Medical and sanitary report of the native army of Bengal for the year
Year: 1876
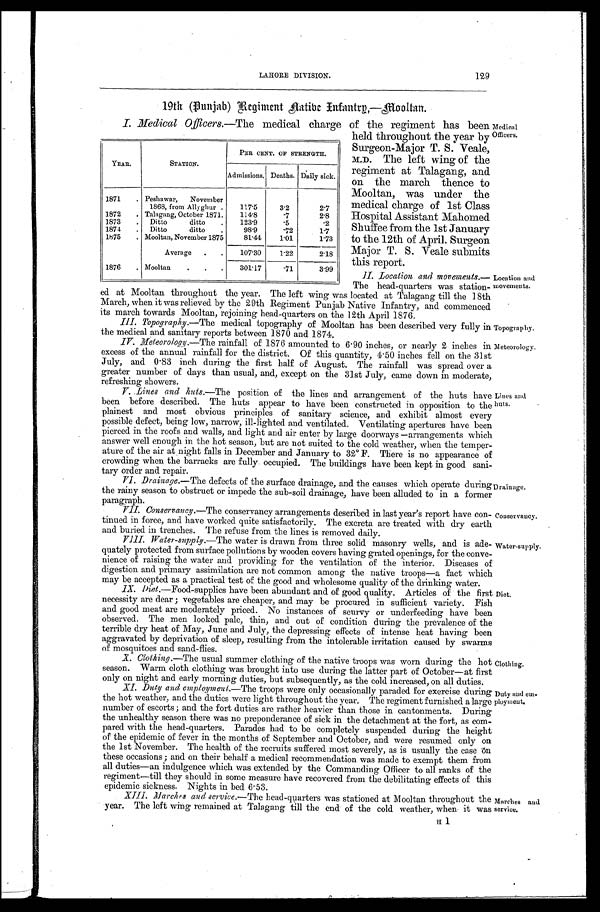
129
LAHORE DIVISION.
19th (Punjab) Regiment Native Infantry,—Mooltan.
I. Medical Officers.—The medical charge of the regiment has been
held throughout the year by
Surgeon-Major T. S. Veale,
M.D. The left wing of the
regiment at Talagang, and
on the march thence to
Mooltan, was under the
medical charge of 1st Class
Hospital Assistant Mahomed
Shuffee from the 1st January
to the 12th of April. Surgeon
Major T. S. Veale submits
this report.
II. Location and movement s
.—The head-quarters was station-
ed at Mooltan throughout the year. The left wing was located at Talagang till the 18th
March, when it was relieved by the 29th Regiment Punjab Native Infantry, and commenced
its march towards Mooltan, rejoining head-quarters on the 12th April 1876.
III. Topography. —The medical topography of Mooltan has been described very fully in
the medical and sanitary reports between 1870 and 1874.
IV. Meteorology.—The rainfall of 1876 amounted to 6.90 inches, or nearly 2 inches in
excess of the annual rainfall for the district. Of this quantity, 4.50 inches fell on the 31st
July, and 0.83 inch during the first half of August. The rainfall was spread over a
greater number of days than usual, and, except on the 31st July, came down in moderate,
refreshing showers.
V. Lines and huts.—The position of the lines and arrangement of the huts have
been before described. The huts appear to have been constructed in opposition to the
plainest and most obvious principles of sanitary science, and exhibit almost every
possible defect, being low, narrow, ill-lighted and ventilated. Ventilating apertures have been
pierced in the roofs and walls, and light and air enter by large doorways—arrangements which
answer well enough in the hot season, but are not suited to the cold weather, when the temper
-
ature of the air at night falls in December and January to 32°F. There is no appearance of
crowding when the barracks are fully occupied. The buildings have been kept in good sani
-
tary order and repair.
VI. Drainage. —The defects of the surface drainage, and the causes which operate during
the rainy season to obstruct or impede the sub-soil drainage, have been alluded to in a former
paragraph.
VII. Conservancy.—The conservancy arrangements described in last year's report have con
-
tinued in force, and have worked quite satisfactorily. The excreta are treated with dry earth
and buried in trenches. The refuse from the lines is removed daily.
VIII. Water-supply.—The water is drawn from three solid masonry wells, and is ade
-
quately protected from surface pollutions by wooden covers having grated openings, for the conve
-
nience of raising the water and providing for the ventilation of the interior. Diseases of
digestion and primary assimilation are not common among the native troops—a fact which
may be accepted as a practical test of the good and wholesome quality of the drinking water.
IX. Diet.—Food-supplies have been abundant and of good quality. Articles of the first
necessity are dear; vegetables are cheaper, and may be procured in sufficient variety. Fish
and good meat are moderately priced. No instances of scurvy or underfeeding have been
observed. The men looked pale, thin, and out of condition during the prevalence of the
terrible dry heat of May, June and July, the depressing effects of intense heat having been
aggravated by deprivation of sleep, resulting from the intolerable irritation caused by swarms
of mosquitoes and sand-flies.
X. Clothing.—The usual summer clothing of the native troops was worn during the hot
season. Warm cloth clothing was brought into use during the latter part of October—at first
only on night and early morning duties, but subsequently, as the cold increased, on all duties.
XI. Duty and employment. —The troops were only occasionally paraded for exercise during
the hot weather, and the duties were light throughout the year. The regiment furnished a large
number of escorts; and the fort duties are rather heavier than those in cantonments. During
the unhealthy season there was no preponderance of sick in the detachment at the fort, as com
-
pared with the head-quarters. Parades had to be completely suspended during the height
of the epidemic of fever in the months of September and October, and were resumed only on
the 1st November. The health of the recruits suffered most severely, as is usually the case on
these occasions; and on their behalf a medical recommendation was made to exempt them fro
m a l l d u t i e s — a n i n d u l g e n c e w h i c h w a s e x t e n d e d b y t h e C o m m a n d i n g O f f i c e r t o a l l r a n k s o f t h e
regiment—till they should in some measure have recovered from the debilitating effects of this
epidemic sickness. Nights in bed 6.53.
XIII. Marches and service.—The head-quarters was stationed at Mooltan throughout the
year. The left wing remained at Talagang till the end of the cold weather, when it was
YEAR.
STATION.
PER CENT. OF STRENGTH.
Admissions. Deaths. Daily sick.
1871
Peshawar, November
1868, from Allyghur
117.5
3. 2
2.7
1872
Talagang, October 1871. 114.8
.7
2.8
1873
Ditto ditto
123.9
.5
. 2
1874
Ditto ditto
98.9
.72
1.7
1875
Mooltan, November 1875
81.44 1.01
1.73
Average
107.30 1.22
2.18
1876
Mooltan
301.17
.71
3.99
Location and
movements.
Topography.
Meteorology.
Lines and
huts.
Drainage.
Conservancy.
Water-supply.
Diet.
Clothing.
Duty and
em-
ployment.
Marches and
service.
Medical
Officers.
H 1